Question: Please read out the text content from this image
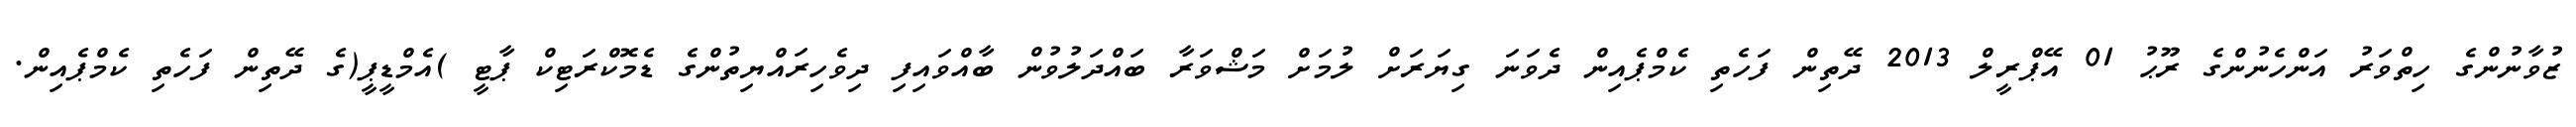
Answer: ޒުވާނުންގެ ހިތްވަރު އަންހެނުންގެ ރޫޙު 01 އޭޕްރީލް 2013 ދޭތިން ފަހެތި ކެމްޕެއިން ދެވަނަ ގިޔަރަށް ލުމަށް މަޝްވަރާ ބައްދަލުވުން ބާއްވައިފި ދިވެހިރައްޔިތުންގެ ޑެމޮކްރަޓިކް ޕާޓީ )އެމްޑީޕީ(ގެ ދޭތިން ފަހެތި ކެމްޕެއިން.